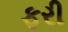
ફરી